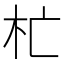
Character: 杧